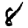
Digit: 8